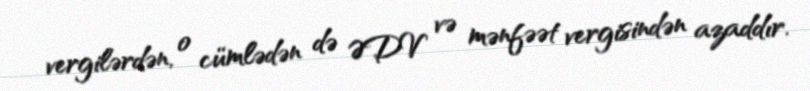
vergilərdən, o cümlədən də ƏDV və mənfəət vergisindən azaddır.